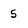
Character: 5